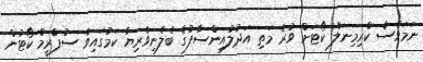
ނަމަވެސް ކްރިމިނަލް ކޯޓަށް ވުރެ މަތި އަދުލުއިންސާފުގެ ބެލެނިވެރިޔާ ކަމުގައިވާ ސުޕްރީމް ކޯޓުން